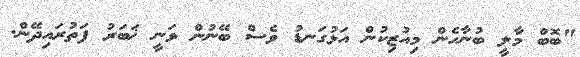
"ބޮބް މާލީ ބުނާހެން މިއުޒިކުން އަޅުގަނޑު ވެސް ބޭނުން ވަނީ ޚަބަރު ފަތުރައިދޭން.